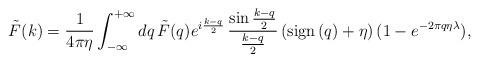
LaTeX: \begin{align*}\tilde F(k)={1 \over{4\pi \eta}}\int_{-\infty}^{+\infty}dq\, \tilde F(q)e^{i{{k-q}\over 2}}\, {{\sin{{k-q}\over 2}}\over {{k-q}\over 2}}\,({\rm sign} \,(q) +\eta) \,(1-e^{-2\pi q\eta \lambda}),\end{align*}